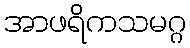
အာဖရိကသမဂ္ဂ